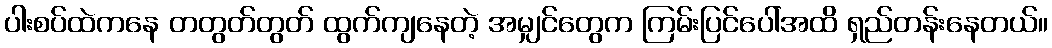
ပါးစပ်ထဲကနေ တတွတ်တွတ် ထွက်ကျနေတဲ့ အမျှင်တွေက ကြမ်းပြင်ပေါ်အထိ ရှည်တန်းနေတယ်။